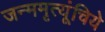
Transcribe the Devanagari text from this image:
जन्ममृत्यूंचिये